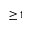
\geq 1